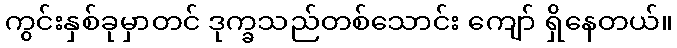
ကွင်းနှစ်ခုမှာတင် ဒုက္ခသည်တစ်သောင်း ကျော် ရှိနေတယ်။